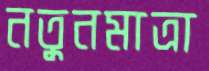
নতুনমাত্রা